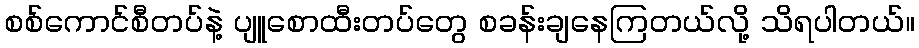
စစ်ကောင်စီတပ်နဲ့ ပျူစောထီးတပ်တွေ စခန်းချနေကြတယ်လို့ သိရပါတယ်။